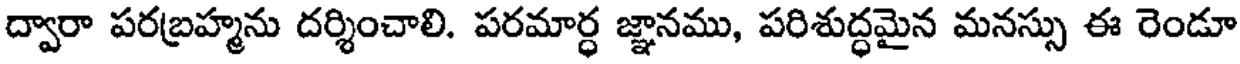
ద్వారా పరబ్రహ్మను దర్శించాలి. పరమార్ధ జ్ఞానము, పరిశుద్ధమైన మనస్సు ఈ రెండూ